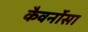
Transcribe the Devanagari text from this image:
कैवर्नोसा